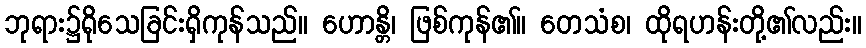
ဘုရား၌ရိုသေခြင်းရှိကုန်သည်။ ဟောန္တိ၊ ဖြစ်ကုန်၏။ တေသံစ၊ ထိုရဟန်းတို့၏လည်း။